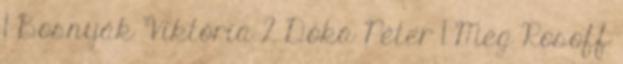
1 Bosnyák Viktória 2 Dóka Péter 1 Meg Rosoff